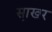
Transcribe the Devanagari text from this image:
सा़खर